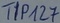
Text: TIP127